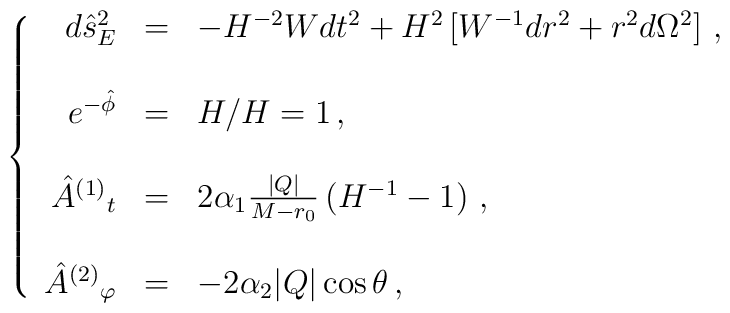
\left\{\begin{array}{rcl}d\hat{s}^{2}_{E} & = & -H^{-2}W dt^{2}+H^{2}\left[W^{-1}dr^{2} +r^{2}d\Omega^{2} \right]\, , \\& & \\e^{-\hat{\phi}} & = & H/H=1\, ,\\& & \\\hat{A}^{(1)}{}_{t} & = & 2\alpha_{1}\frac{|Q|}{M-r_{0}} \left(H^{-1} -1\right)\, , \\& & \\\hat{A}^{(2)}{}_{\varphi} & = & -2\alpha_{2} |Q|\cos\theta\, , \\\end{array}\right.